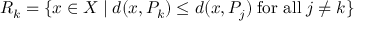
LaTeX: R _ { k } = \{ x \in X \mid d ( x , P _ { k } ) \leq d ( x , P _ { j } ) \; { \mathrm { f o r ~ a l l } } \; j \neq k \}